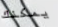
يمكنك